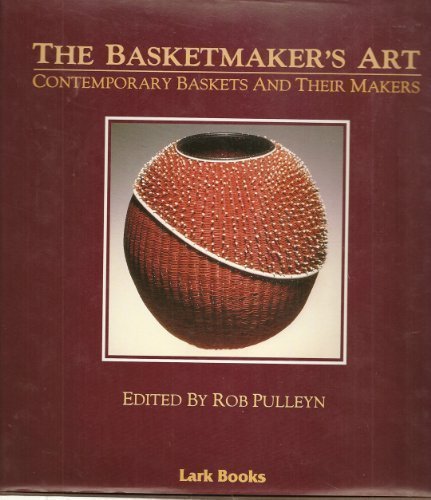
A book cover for The Basketmaker's Art: Contemporary Baskets and Their Makers; Crafts, Hobbies & Home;